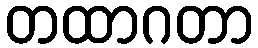
တထာဂတာ